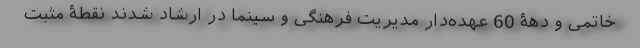
خاتمی و دهۀ 60 عهده‌دار مدیریت فرهنگی و سینما در ارشاد شدند نقطۀ مثبت